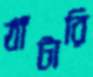
ঠাঁটারি